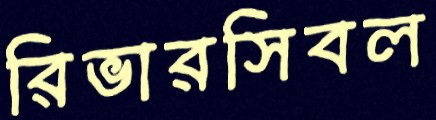
রিভারসিবল